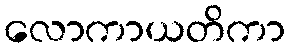
လောကာယတိကာ